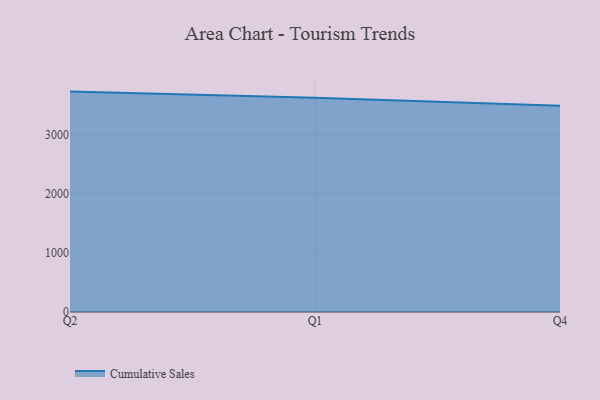
{"axis": {"x": "Quarter", "y": "Revenue (USD Million)"}, "legend": ["Cumulative Sales"], "data": [{"x": "Q2", "y": 3725.2, "type": "Cumulative Sales"}, {"x": "Q1", "y": 3623.3, "type": "Cumulative Sales"}, {"x": "Q4", "y": 3486.0, "type": "Cumulative Sales"}]}